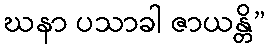
ဃနာ ပသာခါ ဇာယန္တိ”